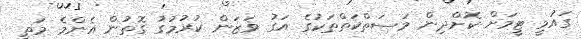
ގައުމީ ޓީމަށް ކޮށްދިން މަސަތްކަތްތަކުގެ އަގު ވަޒަން ކުރުމުގު ގޮތުން އެންމެ މަތީ